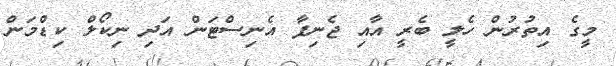
މީގެ އިތުރުން ހެލީ ބެރީ އާއި ޖެނިފާ އެނިސްޓަން އަދި ނިކޯލް ކިޑްމަން